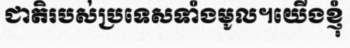
ជាតិរបស់ប្រទេសទាំងមូល។យើងខ្ញុំ